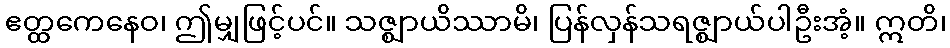
ဧတ္ထကေနေဝ၊ ဤမျှဖြင့်ပင်။ သဇ္ဈာယိဿာမိ၊ ပြန်လှန်သရဇ္ဈာယ်ပါဦးအံ့။ ဣတိ၊